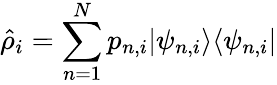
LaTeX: \hat{\rho}_{i}=\sum_{n=1}^{N}p_{n,i}\vert\psi_{n,i}\rangle\langle\psi_{n,i}\vert